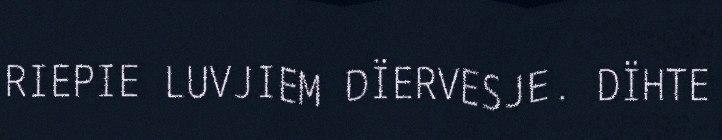
RIEPIE LUVJIEM DÏERVESJE. DÏHTE